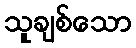
သူချစ်သော